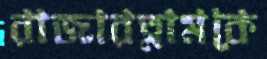
রাজারত্নামকে